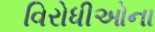
વિરોધીઓના